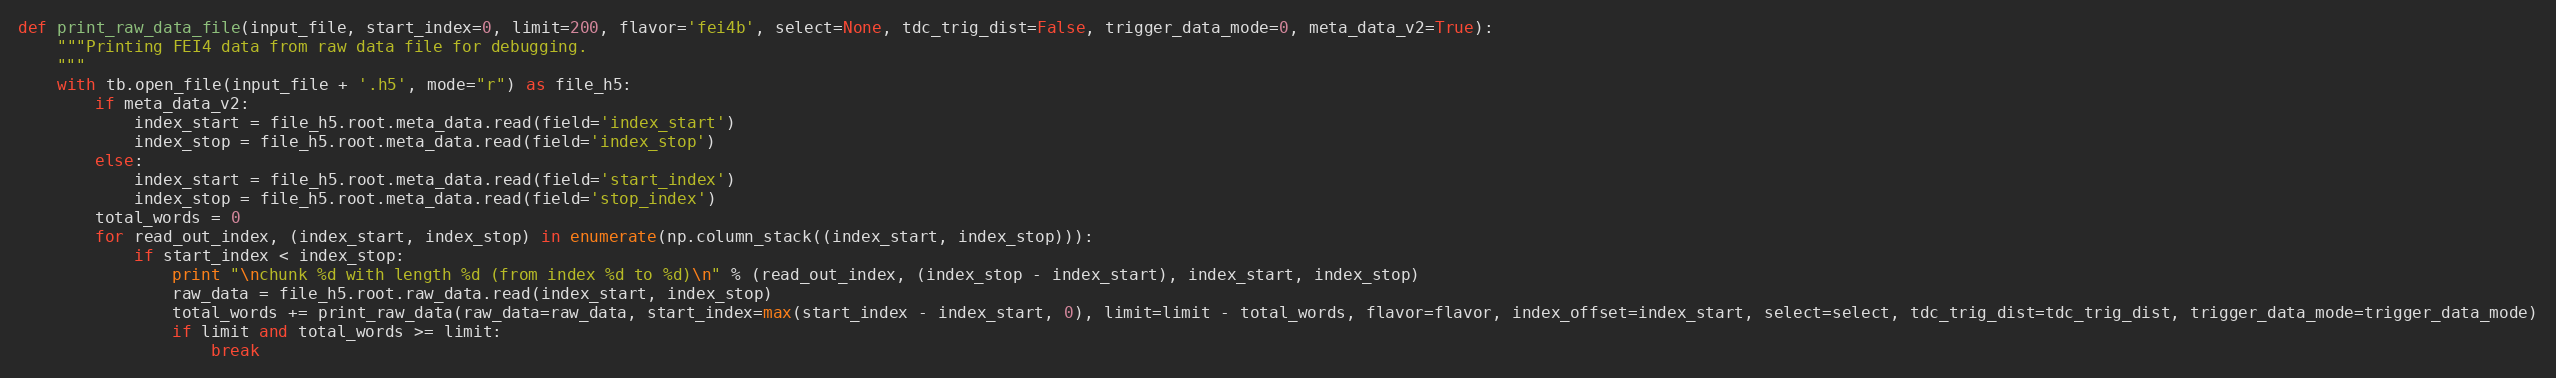
Language: Python
def print_raw_data_file(input_file, start_index=0, limit=200, flavor='fei4b', select=None, tdc_trig_dist=False, trigger_data_mode=0, meta_data_v2=True):
    """Printing FEI4 data from raw data file for debugging.
    """
    with tb.open_file(input_file + '.h5', mode="r") as file_h5:
        if meta_data_v2:
            index_start = file_h5.root.meta_data.read(field='index_start')
            index_stop = file_h5.root.meta_data.read(field='index_stop')
        else:
            index_start = file_h5.root.meta_data.read(field='start_index')
            index_stop = file_h5.root.meta_data.read(field='stop_index')
        total_words = 0
        for read_out_index, (index_start, index_stop) in enumerate(np.column_stack((index_start, index_stop))):
            if start_index < index_stop:
                print "\nchunk %d with length %d (from index %d to %d)\n" % (read_out_index, (index_stop - index_start), index_start, index_stop)
                raw_data = file_h5.root.raw_data.read(index_start, index_stop)
                total_words += print_raw_data(raw_data=raw_data, start_index=max(start_index - index_start, 0), limit=limit - total_words, flavor=flavor, index_offset=index_start, select=select, tdc_trig_dist=tdc_trig_dist, trigger_data_mode=trigger_data_mode)
                if limit and total_words >= limit:
                    break